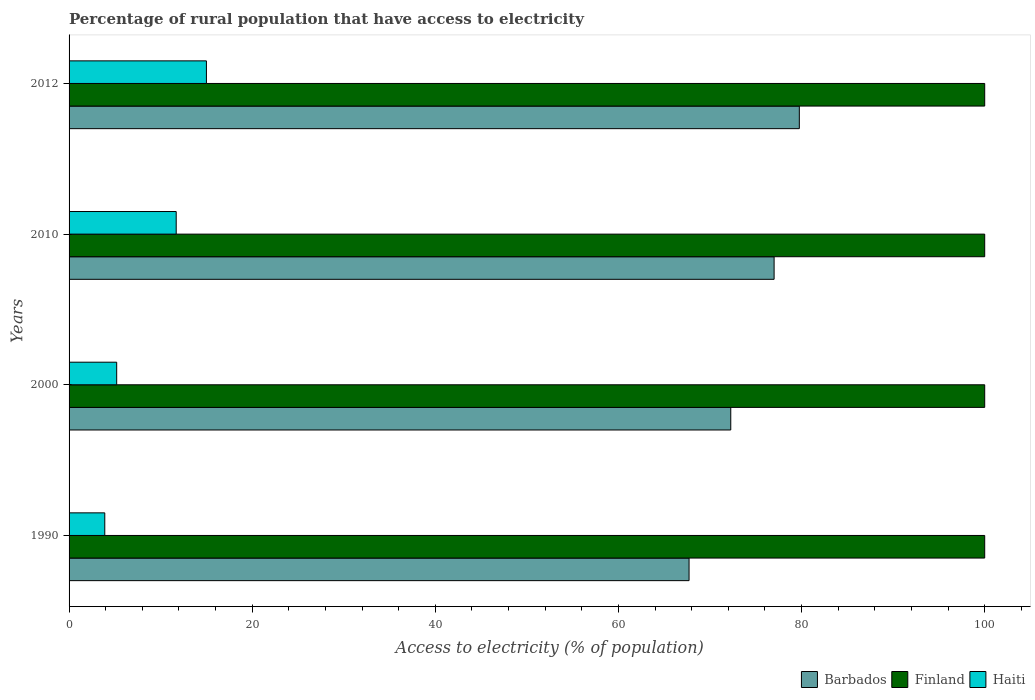
| Years | Barbados | Finland | Haiti |
 | --- | --- | --- | --- |
 | 1990 | 67.7 | 100 | 3.9 |
 | 2000 | 72.3 | 100 | 5.2 |
 | 2010 | 77 | 100 | 11.7 |
 | 2012 | 79.8 | 100 | 15 |